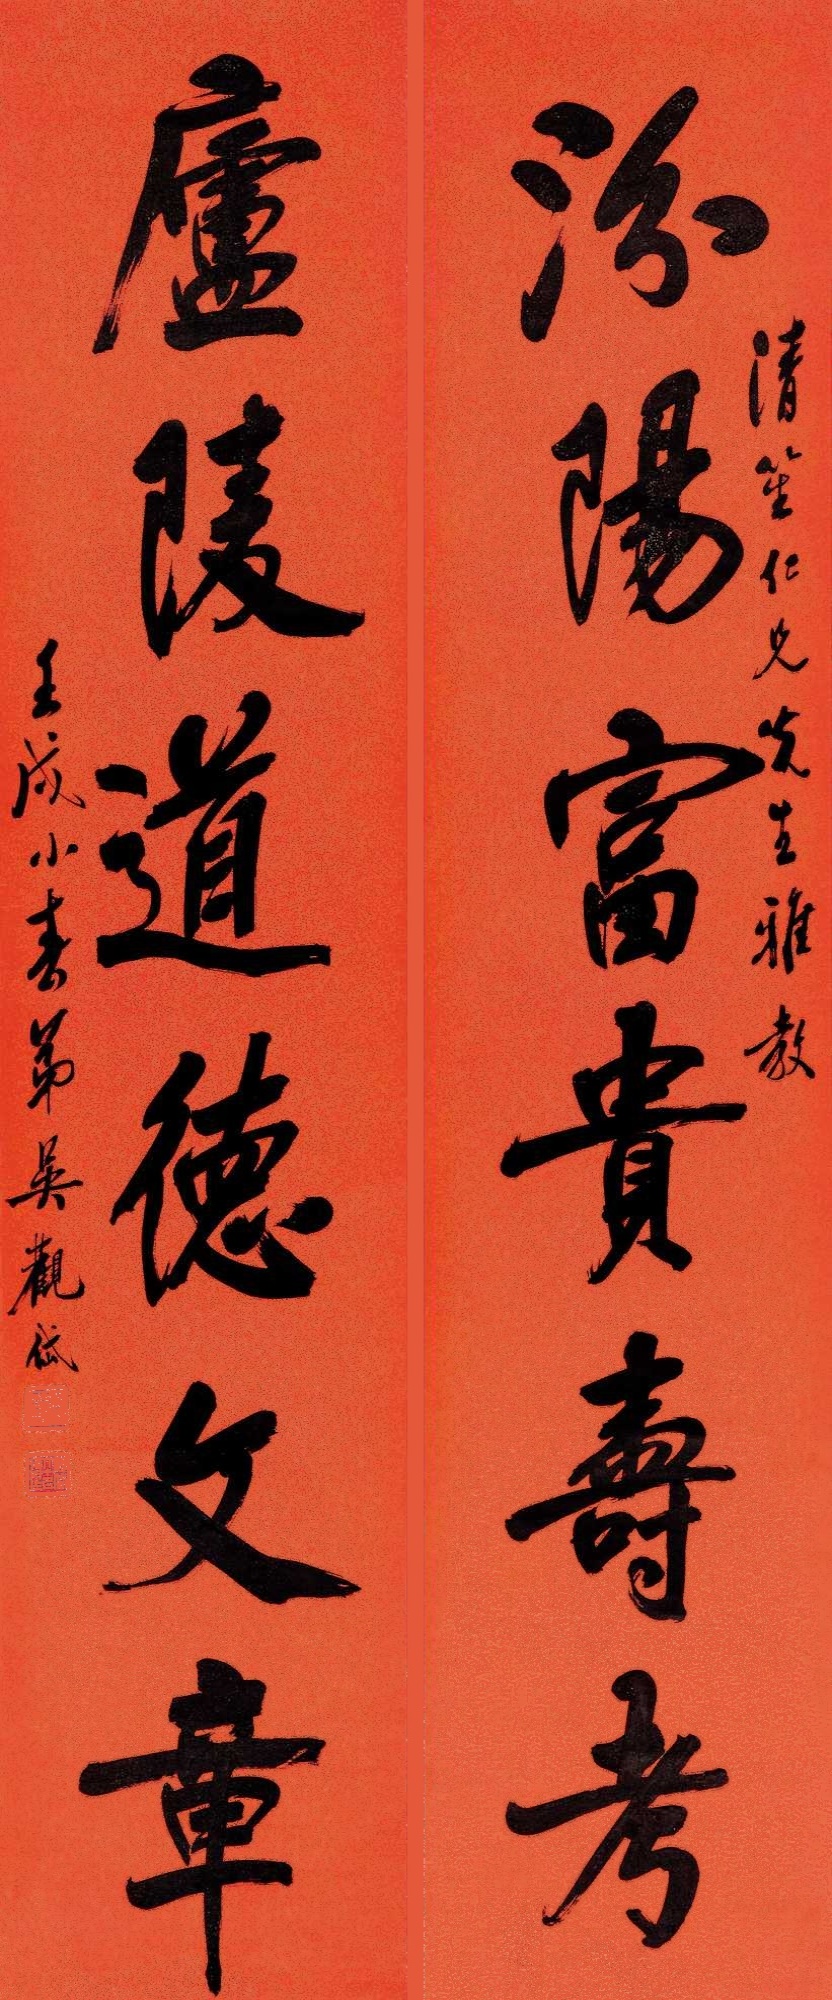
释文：汾阳富贵寿考，庐陵道德文章。清笙仁兄先生雅教，壬戌小春弟吴观岱。